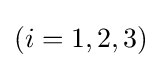
(i=1,2,3)